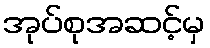
အုပ်စုအဆင့်မှ